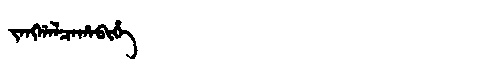
Manchu: ᠵᠠᠩᡤᠠᠯᠴᠠᡥᠠᠪᡳᡥᡝ
Romanization: JANGGALCAHABIHE